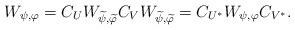
LaTeX: \begin{align*}W_{\psi,\varphi} = C_U W_{\widetilde{\psi}, \widetilde{\varphi}} C_V W_{\widetilde{\psi}, \widetilde{\varphi}} = C_{U^*} W_{\psi,\varphi} C_{V^*}. \end{align*}